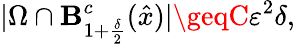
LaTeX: |\Omega\cap\mathbf{B}_{1+\frac{{\delta}}{{2}}}^{c}(\hat{{x}})|\geqC\varepsilon^{2}\delta,